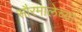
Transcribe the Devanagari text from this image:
सौरमालेच्या